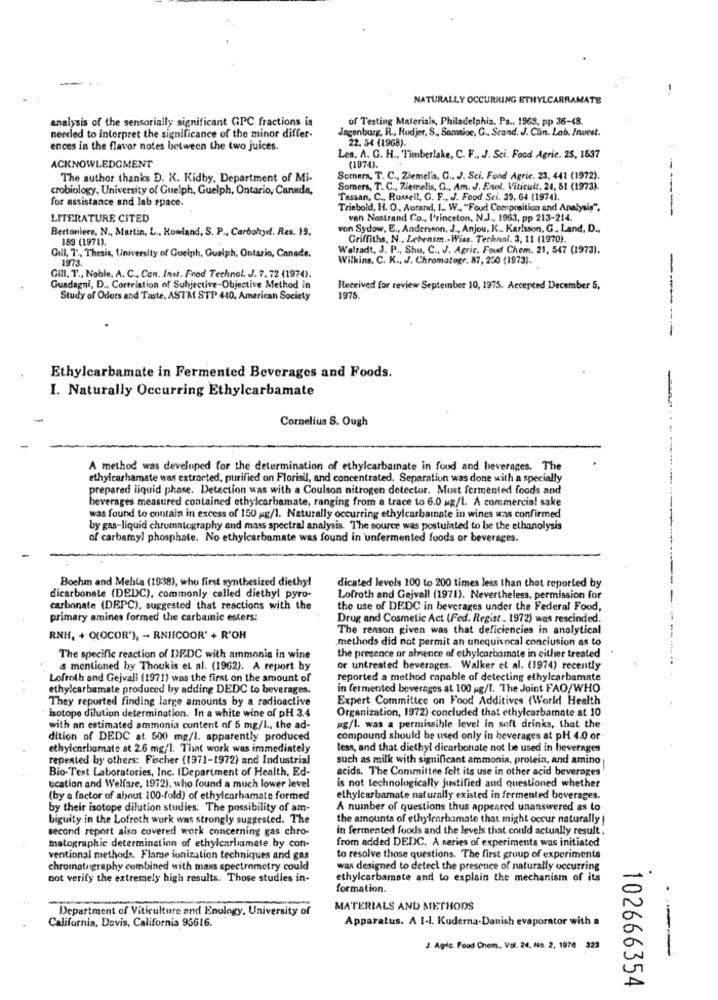
NATURALLY OCCURRING ETHYLCARBAMATE
analysis of the sensorially significant GPC fractions is
of Testing Materials, Philadelphia, Pa .. 1968, pp 36-48
Jagenburg. R. Rudjer, S ., Somsioc, G ., Scand. J. Clin. Lab. Invest.
needed to interpret the significance of the minor differ-
ences in the flavor notes between the two juices.
22. 54 (1968).
ACKNOWLEDGMENT
Len, A. G. H ., Timberlake, C. F ., J. Sci. Food Agric. 25, 1537
(1974).
The author thanks D. K. Kidby, Department of Mi-
Somern, T. C ., Ziemel's, G ., J. Sci. Fond Agric. 23, 441 (1972).
crobiology, University of Guelph, Guelph, Ontario, Canada,
Somers, T. C ., Ziemelis, C ., Am. J. Enol. Viticult. 24, 51 (1973).
for assistance and lab space.
Tassan, C ., Russell, G. F ., J. Food Sci. 39, 64 (1974).
Triebold, H. O ., Aurand, 1. W ., "Foud Composition and Analysis".
LITERATURE CITED
"van Nostrand Co ., I'rinceton, N.J ., 1963, pp 213-214.
Bertoniere, N ., Martin, L ., Rowland, S. P ., Carbohyd. Res. 19.
von Sydow, E ., Andersson, J ., Anjou. K .. Karlsson, G ., Land, D ..
Griffiths, N ., Lebensm .- Wiss. Terhnal. 3, 11 (1970).
189 (1971).
Walradt, J. P ., Shu, C ., J. Agric. Foud Chem. 21, 547 (1973).
Gill, 7 :, Thesis, University of Guelph, Guelph, Ontario, Canada.
1973.
Wilkins, C. K ., J. Chromatogr. 87, 250 (1973).
Gill. T ., Noble, A. C ., Can. Inst. Food Technol. J. 7. 72 (1974).
Guadagni, D ., Correlation of Subjective-Objective Method in
Received for review September 10, 1975. Accepted December 5,
Study of Odors and Taste. ASTM STP 440, American Society
1975.
Ethylcarbamate in Fermented Beverages and Foods.
I. Naturally Occurring Ethylcarbamate
Cornelius S. Ough
A method was developed for the determination of ethylcarbamate in food and beverages. The
ethylcarbamate was extracted, purified on Florisil, and concentrated. Separation was done with a specially
prepared liquid phase. Detection was with a Coulson nitrogen detector. Must fermented foods and
beverages measured contained ethylcarbamate, ranging from a trace to 6.0 ug/l. A commercial sake
was found to contain in excess of 150 gg/l. Naturally occurring ethylcarbamate in wines was confirmed
by gas-liquid chromatography and mass spectral analysis. The source was postulated to be the ethanolysis
of carbamyl phosphate. No ethylcarbamate was found in unfermented foods or beverages.
Bochm and Mehta (1938), who first synthesized diethy!
dicated levels 100 to 200 times less than that reported by
dicarbonate (DEDC), commonly called diethyl pyro-
Lofroth and Gejvall (1971). Nevertheless, permission for
carbonate (DEPC), suggested that reactions with the
the use of DEDC in beverages under the Federal Food,
primary amines formed the carbamnic esters:
Drug and Cosmetic Act (Fed. Regist .. 1972) was rescinded.
The reason given was that deficiencies in analytical
RNH, + Q(OCOR'), - RNICOOR' + R'OH
methods did not permit an unequivocal conclusion as to
The specific reaction of DEDC with ammonia in wine
the presence or absence of ethylcarbamate in either treated
& mentioned by Thoukis et al. (1962). A report by
or untreated beverages. Walker et al. (1974) recently
Lofroth and Gejvall (1971) was the first on the amount of
reported a method capable of detecting ethylcarbamate
ethylcarbamate produced by adding DEDC to beverages.
in fermented beverages at 100 ug/l. The Joint FAO/WHO
They reported finding large amounts by a radioactive
Expert Committee on Food Additives (World Health
isotope dilution determination. In a white wine of pH 3.4
Organization, 1972) concluded that ethylcarbamate at 10
with an estimated ammonia content of 5 mg/l ., the ad-
ug/l. was a permissible level in soft drinks, that the
dition of DEDC at 500 mg/l. apparently produced
compound should be used only in beverages at pH 4.0 or
ethylenrbomate at 2.6 mg/l. That work was immediately
less, and that diethyl dicarbonate not be used in beverages
repented by others: Fischer (1971-1972) and Industrial
such as milk with significant ammonia, protein, and amino
Bio-Test Laboratories, Inc. (Department of Health, Ed-
acids. The Committee felt its use in other acid beverages
ucation and Welfare, 1972), who found a much lower level
is not technologically justified and questioned whether
(by a factor of about 100-fold) of ethylcarbamate formed
ethylcarbamate naturally existed in fermented beverages.
by their isotope dilution studies. The possibility of am-
A number of questions thus appeared unanswered as to
biguity in the Lofroth work was strongly suggested. The
the amounts of ethylcarbamate that might occur naturally !
second report also covered work concerning gas chro-
in fermented foods and the levels that could actually result :
from added DEDC. A series of experiments was initiated
matographie determination of ethylcarbamete by con-
ventional methods. Flame ionization techniques and gas
to resolve those questions. The first group of experiments
chromatography combined with mass spectrometry could
was designed to detect the presence of naturally occurring
not verify the extremely high results. Those studies in-
ethylcarbamate and to explain the mechanism of its
formation.
Department of Viticulture and Enology, University of
MATERIALS AND METHODS
California, Davis, California 95616.
Apparatus. A 1-1. Kuderna.Danish evaporator with a
J. Agic. Food Chem, Vol. 24, No. 2. 1976 323
102666354